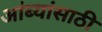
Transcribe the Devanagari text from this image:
आंब्यांसाठी